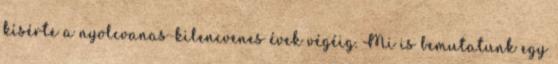
kísérte a nyolcvanas-kilencvenes évek végéig. Mi is bemutatunk egy